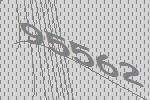
95562